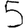
Digit: 5